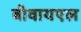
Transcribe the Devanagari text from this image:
बीवायएल